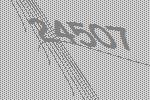
24507